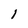
Character: 1